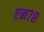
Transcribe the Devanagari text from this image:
एन७८